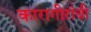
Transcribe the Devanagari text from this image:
कारागीरांची